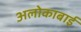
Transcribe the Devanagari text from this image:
अलोकाबाई